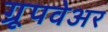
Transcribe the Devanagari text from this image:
ग्रूपवेअर